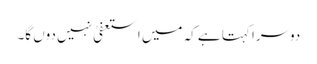
دوسرا کہتا ہے کہ میں استعفیٰ نہیں دوں گا۔